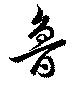
魯